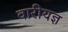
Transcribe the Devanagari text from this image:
वारीयज्ञ